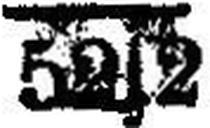
52s2